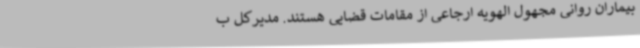
بیماران روانی مجهول الهویه ارجاعی از مقامات قضایی هستند. مدیرکل ب